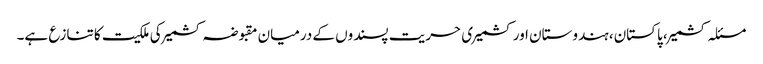
مسئلہ کشمیر، پاکستان، ہندوستان اور کشمیری حریت پسندوں کے درمیان مقبوضہ کشمیر کی ملکیت کا تنازع ہے۔